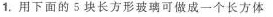
1.用下面的5块长方形玻璃可做成一个长方体